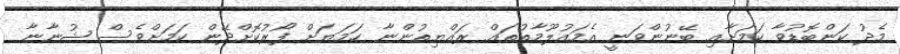
މެދު ކަންބޮޑުވާ ކަމަށާއި ބޭނުންވަނީ އެމައުލޫމާތުތައް ރައްޔިތުންނާ ހަމަޔަށް ފޯރުކޮށްދޭން ކަމަށްވެސް ޝުނާނާ